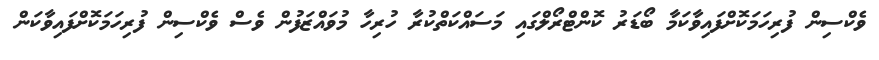
ވެކްސިން ފުރިހަމަކޮށްފައިވާކަމާ ބޯޑަރު ކޮންޓްރޯލްގައި މަސައްކަތްކުރާ ހުރިހާ މުވައްޒަފުން ވެސް ވެކްސިން ފުރިހަމަކޮށްފައިވާކަން